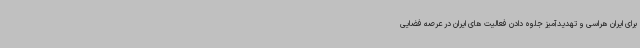
برای ایران هراسی و تهدیدآمیز جلوه دادن فعالیت های ایران در عرصه فضایی